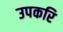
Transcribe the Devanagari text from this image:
उपकरि